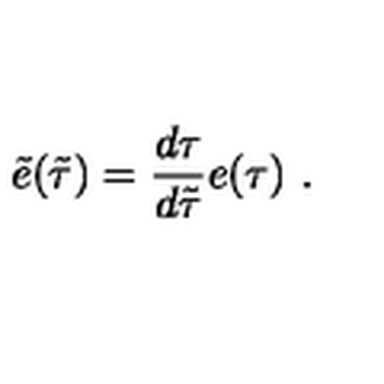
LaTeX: \tilde { e } ( \tilde { \tau } ) = \frac { d \tau } { d \tilde { \tau } } e ( \tau ) \ .